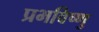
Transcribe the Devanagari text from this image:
प्रभविष्णु